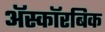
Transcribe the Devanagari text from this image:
अॅस्कॉरबिक